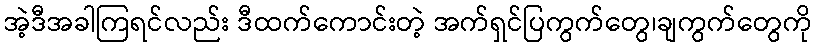
အဲ့ဒီအခါကြရင်လည်း ဒီထက်ကောင်းတဲ့ အက်ရှင်ပြကွက်တွေ၊ချကွက်တွေကို